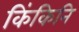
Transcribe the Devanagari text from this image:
किंकिनि